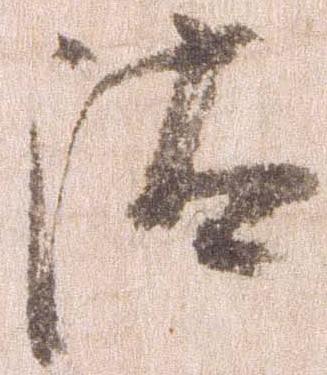
汰